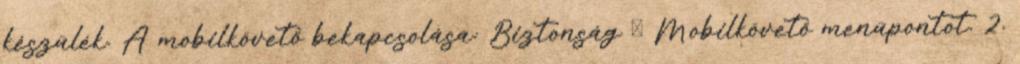
készülék. A mobilkövető bekapcsolása: Biztonság → Mobilkövető menüpontot. 2.